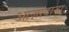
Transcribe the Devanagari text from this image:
आज़ादाना